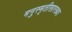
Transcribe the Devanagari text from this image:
मनुस्मृतीसारख्या